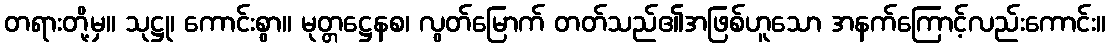
တရားတို့မှ။ သုဋ္ဌု၊ ကောင်းစွာ။ မုတ္တဋ္ဌေနစ၊ လွတ်မြောက် တတ်သည်၏အဖြစ်ဟူသော အနက်ကြောင့်လည်းကောင်း။